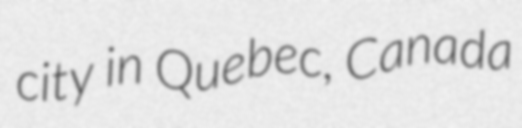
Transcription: city in Quebec, Canada